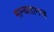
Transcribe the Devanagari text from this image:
मान्यतामात्र